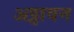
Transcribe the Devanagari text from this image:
अठ्ठावन